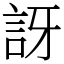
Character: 訝